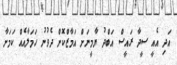
އަދި އެއީ ސީދާ ރައީސް އަބްދު ޔާމީނަށް އަމާޒްކޮށް ދެވުނު ހަމަލާއެއް ކަމަށާ